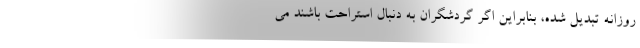
روزانه تبدیل شده، بنابراین اگر گردشگران به دنبال استراحت باشند می